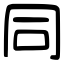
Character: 同